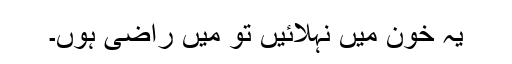
یہ خون میں نہلائیں تو میں راضی ہوں۔